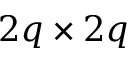
2 q \times 2 q